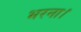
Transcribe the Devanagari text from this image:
भरना।